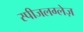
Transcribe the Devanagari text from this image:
स्पीजलग्लेज़